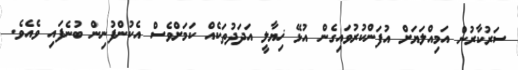
ސަރުކާރުން އަމިއްލަޔަށް އުފަންކުރުވައިގެން އުޅޭ ޚިޔާލީ އަދަދުތަކެއް ކަމަށްވެސް އެކުންފުނިން ބުނެފައި ވެއެވެ.